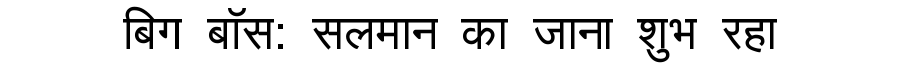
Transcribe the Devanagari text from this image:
बिग बॉस: सलमान का जाना शुभ रहा